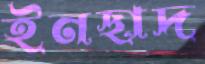
ইনছাদ